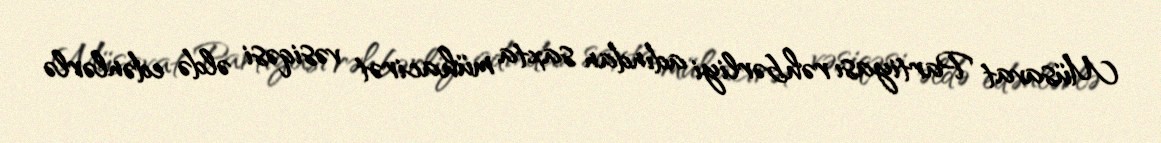
Müsavat Partiyası rəhbərliyi adından saxta mühacirət vəsiqəsi əldə edənlərlə